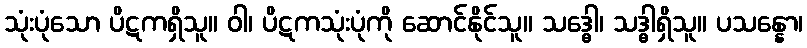
သုံးပုံသော ပိဋကရှိသူ။ ဝါ၊ ပိဋကသုံးပုံကို ဆောင်နိုင်သူ။ သဒ္ဓေါ၊ သဒ္ဓါရှိသူ။ ပသန္နော၊